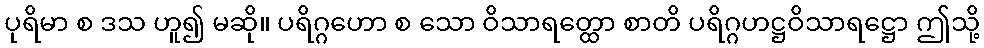
ပုရိမာ စ ဒသ ဟူ၍ မဆို။ ပရိဂ္ဂဟော စ သော ဝိသာရတ္ထော စာတိ ပရိဂ္ဂဟဋ္ဌဝိသာရဋ္ဌော ဤသို့